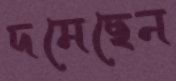
দমেছেন